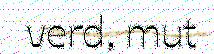
verd, mut